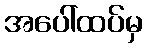
အပေါ်ထပ်မှ